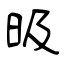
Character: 昅